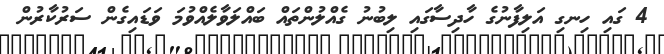
4 ގައި ހިނގި އަލިފާނުގެ ހާދިސާގައި ލިބުނު ގެއްލުންތައް ބައްލަވާލެއްވުމަ ވަޑައިގެން ސަރުކާރުން